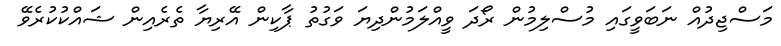
މަސްޖިދުއް ނަބަވީގައި މުސްލިމުން ރޯދަ ވީއްލަމުންދިޔަ ވަގުތު ޕާކިން އޭރިޔާ ތެރެއިން ޝައްކުކުރެވޭ